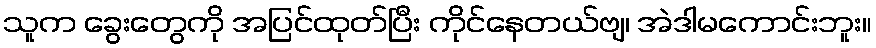
သူက ခွေးတွေကို အပြင်ထုတ်ပြီး ကိုင်နေတယ်ဗျ၊ အဲဒါမကောင်းဘူး။